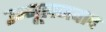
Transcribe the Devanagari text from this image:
उन्मूलनवाद